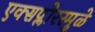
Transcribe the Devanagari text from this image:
एक्सप्लोररमुळे